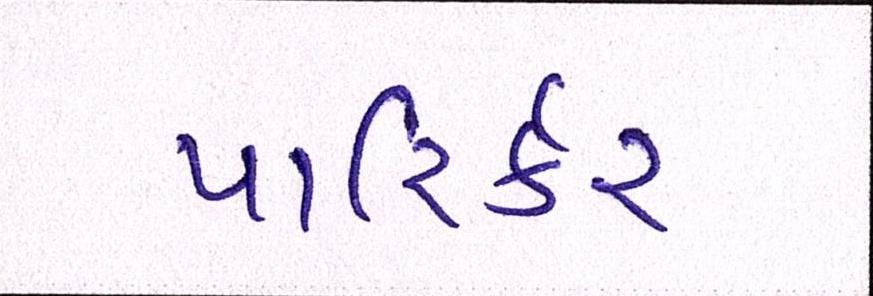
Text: પારિર્કર